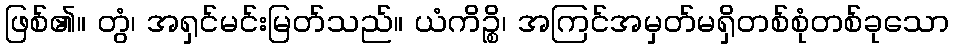
ဖြစ်၏။ တွံ၊ အရှင်မင်းမြတ်သည်။ ယံကိဉ္စိ၊ အကြင်အမှတ်မရှိတစ်စုံတစ်ခုသော